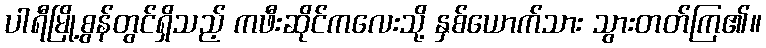
ပါရီမြို့စွန်တွင်ရှိသည့် ကဖီးဆိုင်ကလေးသို့ နှစ်ယောက်သား သွားတတ်ကြ၏။